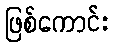
ဖြစ်ကောင်း